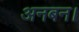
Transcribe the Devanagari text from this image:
अनबन।